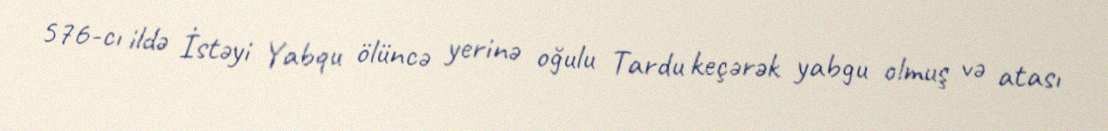
576-cı ildə İstəyi Yabqu ölüncə yerinə oğulu Tardu keçərək yabgu olmuş və atası